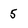
Character: 5